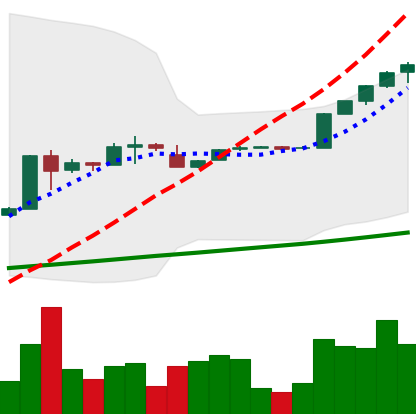
Ticker: BTC-USD
Chart end date: 2017-02-04
Forward return: -4.652%
Label: down_3_5